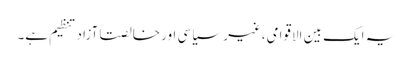
یہ ایک بین الاقوامی،غیر سیاسی اور خالصتاً آزاد تنظیم ہے۔